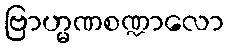
ဗြာဟ္မဏစဏ္ဍာလော